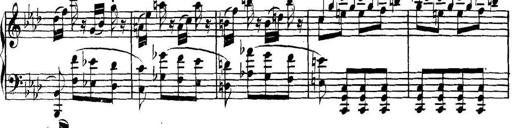
Title: Collected Piano Sonatas
Composer: Muzio Clementi